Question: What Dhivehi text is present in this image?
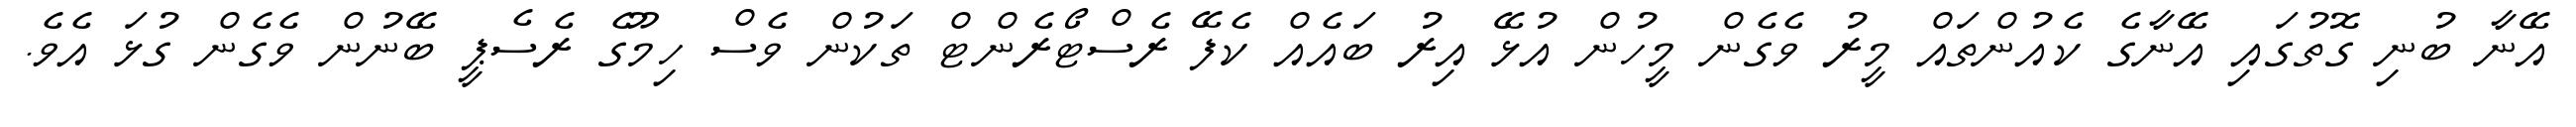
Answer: އޭނާ ބުނި ގޮތުގައި އޭނާގެ ކެއުންތައް މީރު ވެގެން މީހުން އުޅޭ އިރު ބައެއް ކެފޭ ރެސްޓޯރެންޓް ތަކުން ވެސް ހިމޫގެ ރެސެޕީ ބޭނުން ވެގެން ގުޅަ އެވެ.